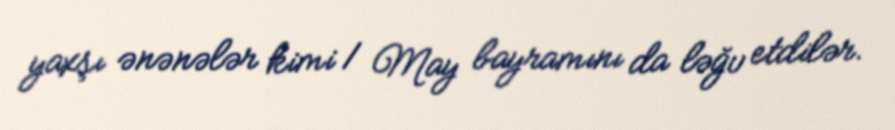
yaxşı ənənələr kimi 1 May bayramını da ləğv etdilər.